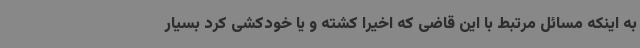
به اینکه مسائل مرتبط با این قاضی که اخیرا کشته و یا خودکشی کرد بسیار